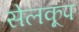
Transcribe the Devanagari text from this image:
सेलकूप